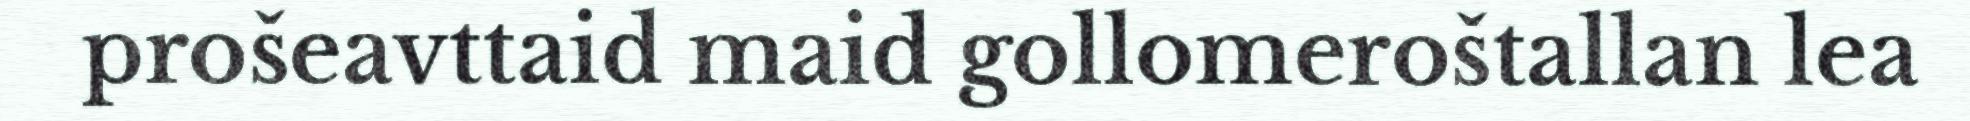
prošeavttaid maid gollomeroštallan lea